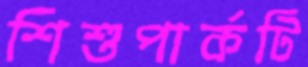
শিশুপার্কটি